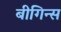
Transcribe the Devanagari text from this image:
बीगिन्स